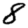
Digit: 8